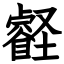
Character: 壡